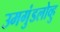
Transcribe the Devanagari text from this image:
उमगुंडलोव्हु